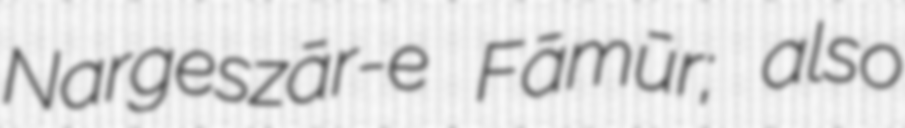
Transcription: Nargeszār-e Fāmūr; also